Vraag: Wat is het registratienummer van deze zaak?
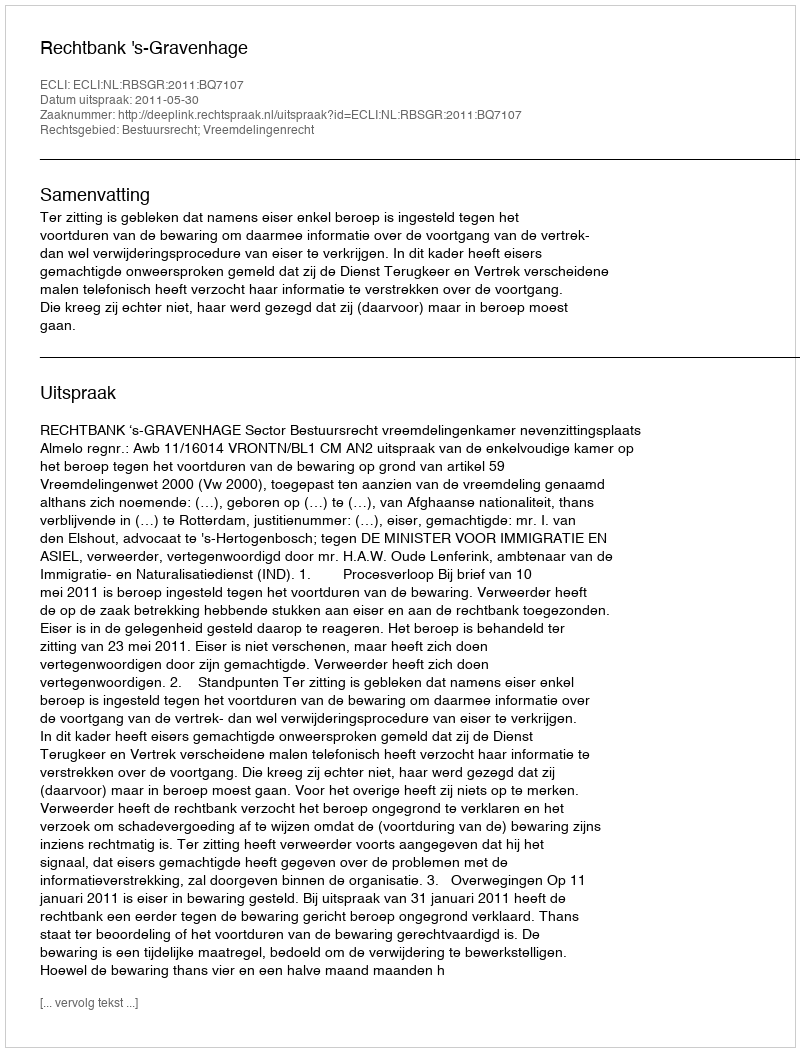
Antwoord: http://deeplink.rechtspraak.nl/uitspraak?id=ECLI:NL:RBSGR:2011:BQ7107